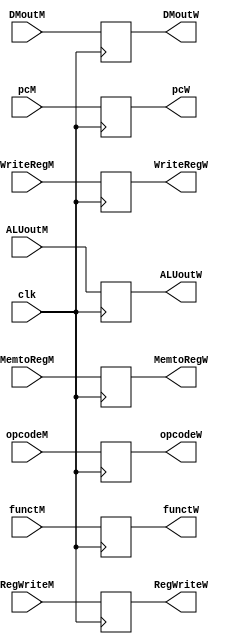
`timescale 1ns / 1ps
//////////////////////////////////////////////////////////////////////////////////
// Company: 
// Engineer: 
// 
// Design Name: 
// Module Name:    WReg 
// Project Name: 
// Target Devices: 
// Tool versions: 
// Description: 
//
// Dependencies: 
//
// Revision: 
// Revision 0.01 - File Created
// Additional Comments: 
//
//////////////////////////////////////////////////////////////////////////////////
module WReg(clk,WriteRegM,MemtoRegM,RegWriteM,opcodeM,functM,pcM,ALUoutM,DMoutM,
					ALUoutW,DMoutW,pcW,MemtoRegW,RegWriteW,opcodeW,functW,WriteRegW);
		input clk;
		input [4:0] WriteRegM;
		input [1:0]MemtoRegM;
		input RegWriteM;
		input [5:0] opcodeM,functM;
		input [31:0] pcM,ALUoutM,DMoutM;
		
		output reg [4:0] WriteRegW;
		output reg [1:0]MemtoRegW;
		output reg RegWriteW;
		output reg [5:0] opcodeW,functW;
		output reg [31:0] pcW,ALUoutW,DMoutW;
		initial begin
			ALUoutW=0;
			DMoutW=0;
			pcW=0;
			MemtoRegW=0;
			RegWriteW=0;
			opcodeW=0;
			functW=0;
			WriteRegW=0;
		end
		always@(posedge clk) begin
			ALUoutW<=ALUoutM;
			DMoutW<=DMoutM;
			pcW<=pcM;
			MemtoRegW<=MemtoRegM;
			RegWriteW<=RegWriteM;
			opcodeW<=opcodeM;
			functW<=functM;
			WriteRegW<=WriteRegM;
		end

endmodule